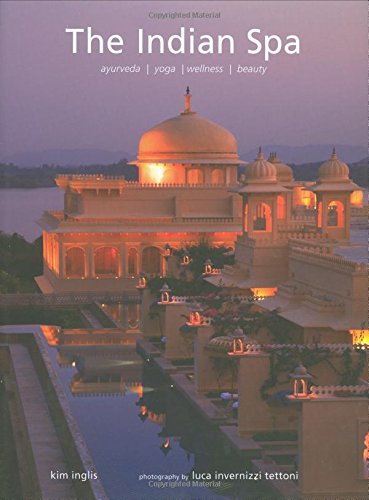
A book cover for The Indian Spa: Ayurveda Yoga Wellness Beauty; Kim Inglis; Travel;